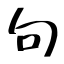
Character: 句